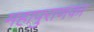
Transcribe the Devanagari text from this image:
महापुराणका